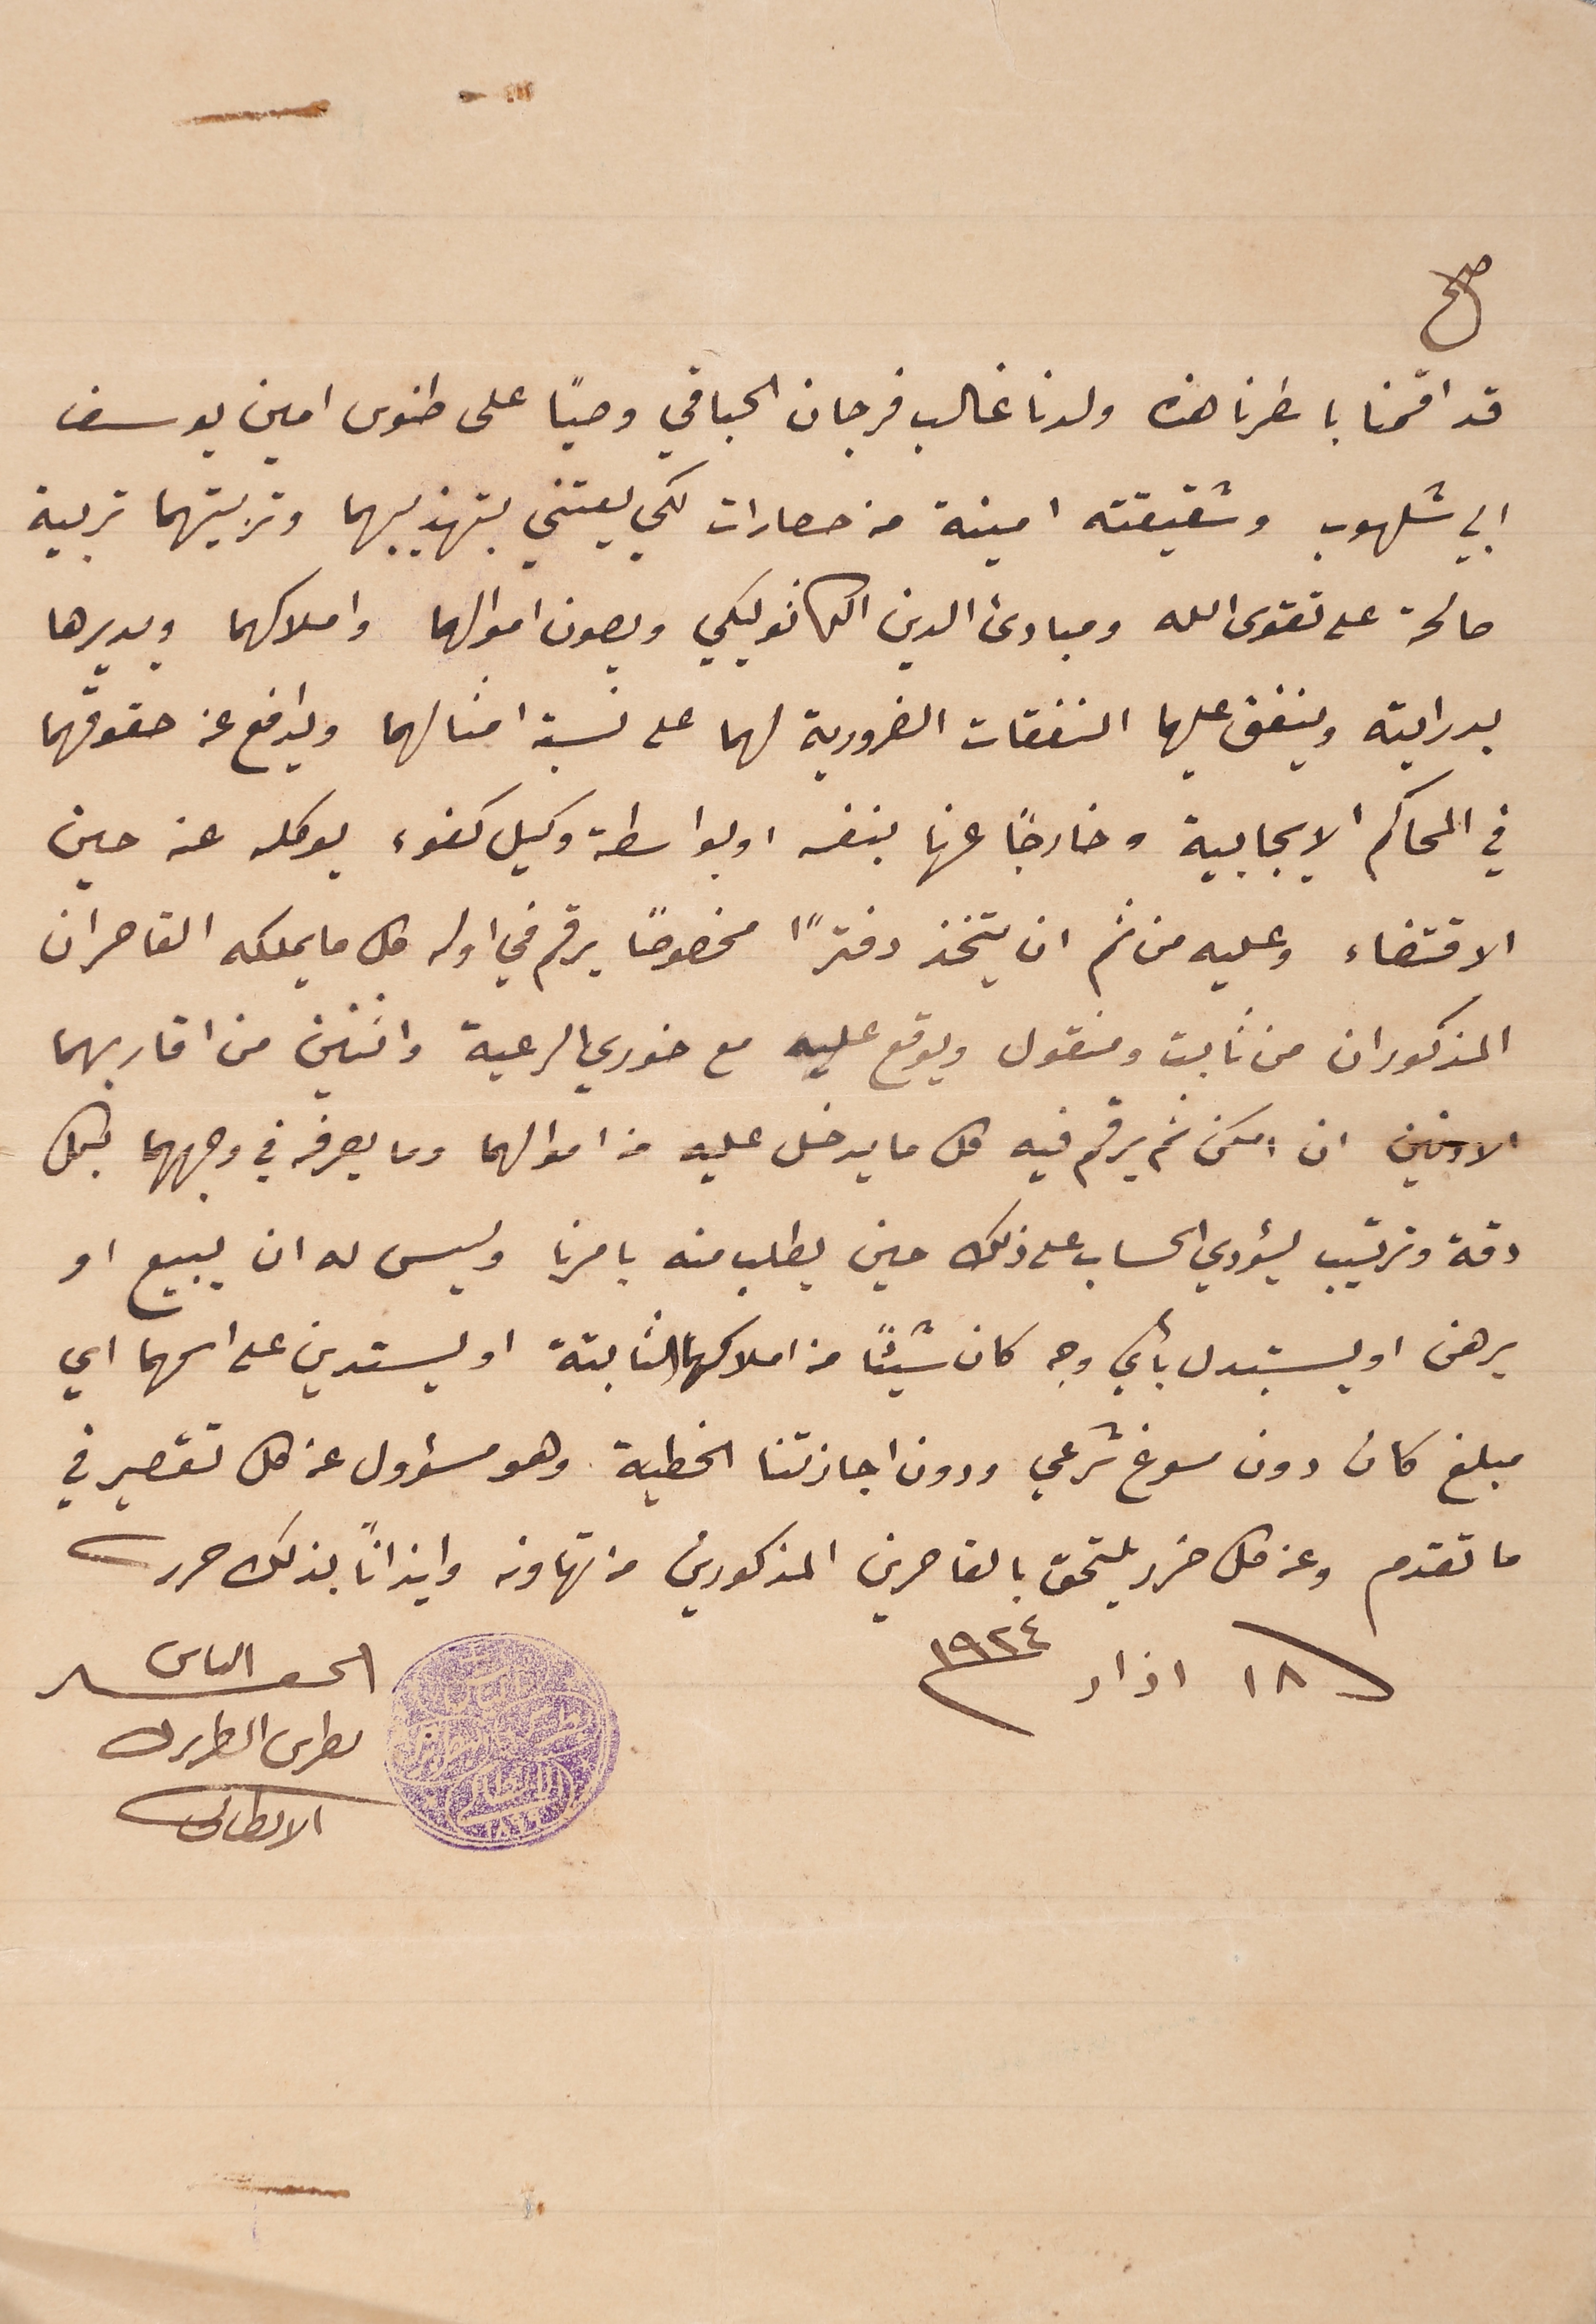
صح
قد اقمنا باسطرنا هذه ولدنا غالب فرجان الحباقي وصيًا على طنوس امين يوسف
ابي شلهوب وشقيقته امينة من حصارات لكي يعتني بتهذيبهما وتربيتهما تربية
صالحة على تقوى الله ومبادئ الدين الكاثوليكي ويصون اموالهما واملاكهما ويديرها
بدرايته وينفق عليهما النفقات الضرورية لهما على نسبة امثالهما ويدافع عن حقوقهما
في المحاكم الايجابية وخارجاً عنها بنفسه وبواسطة وكيل كفوء يوكله عنه حين
الاقتضاء وعليه من ثم ان يتخذ دفترًا مخصوصاً يرقم في اوله كل ما يملكه القاصران
المذكوران من ثابت ومنقول ويوقع عليه مع خوري الرعية واثنين من اقاربهما
الادنين ان امكن ثم يرقم فيه كل ما يدخل عليه من اموالهما وما يصرفه في وجههما بكل
دقة وترتيب ليؤدي الحساب على ذلك حين يطلب منه بامرنا وليس له ان يبيع او
يرهن او يستبدل بأي وجه كان شيئاً من املاكهما الثابتة او يستدين على اسمهما اي
مبلغ كان دون مسوغ شرعي ودون اجازتنا الخطية وهو مسؤول عن كل تقصير في
ما تقدم وعن كل ضرر يلتحق بالقاصرين المذكورين من تهاونه وايذاناً بذلك حرر
الحقير الياس
١٨ اذار ١٩٢٤
بطرس البطرىرك الانطاكى